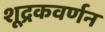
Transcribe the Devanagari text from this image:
शूद्रकवर्णन